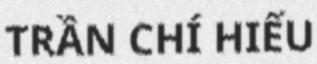
TRẦN CHÍ HIẾU